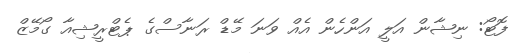
ފޮޓޯ: ނިޝާން އަލީ އަންހެން އެއް ވަނަ މޭޑް ރަނާސްގެ ޕެޓްރީޝިއާ ގޯމޭޒް